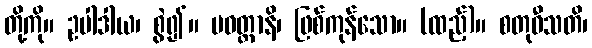
တို့ကို။ ဥပါဒါယ၊ စွဲ၍။ ပဝတ္တာနိ၊ ဖြစ်ကုန်သော။ (ထည့်)။ စတုဝီသတိ၊